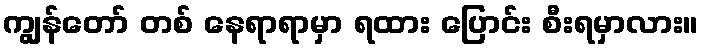
ကျွန်တော် တစ် နေရာရာမှာ ရထား ပြောင်း စီးရမှာလား။